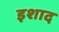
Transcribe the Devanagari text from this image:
इशाद